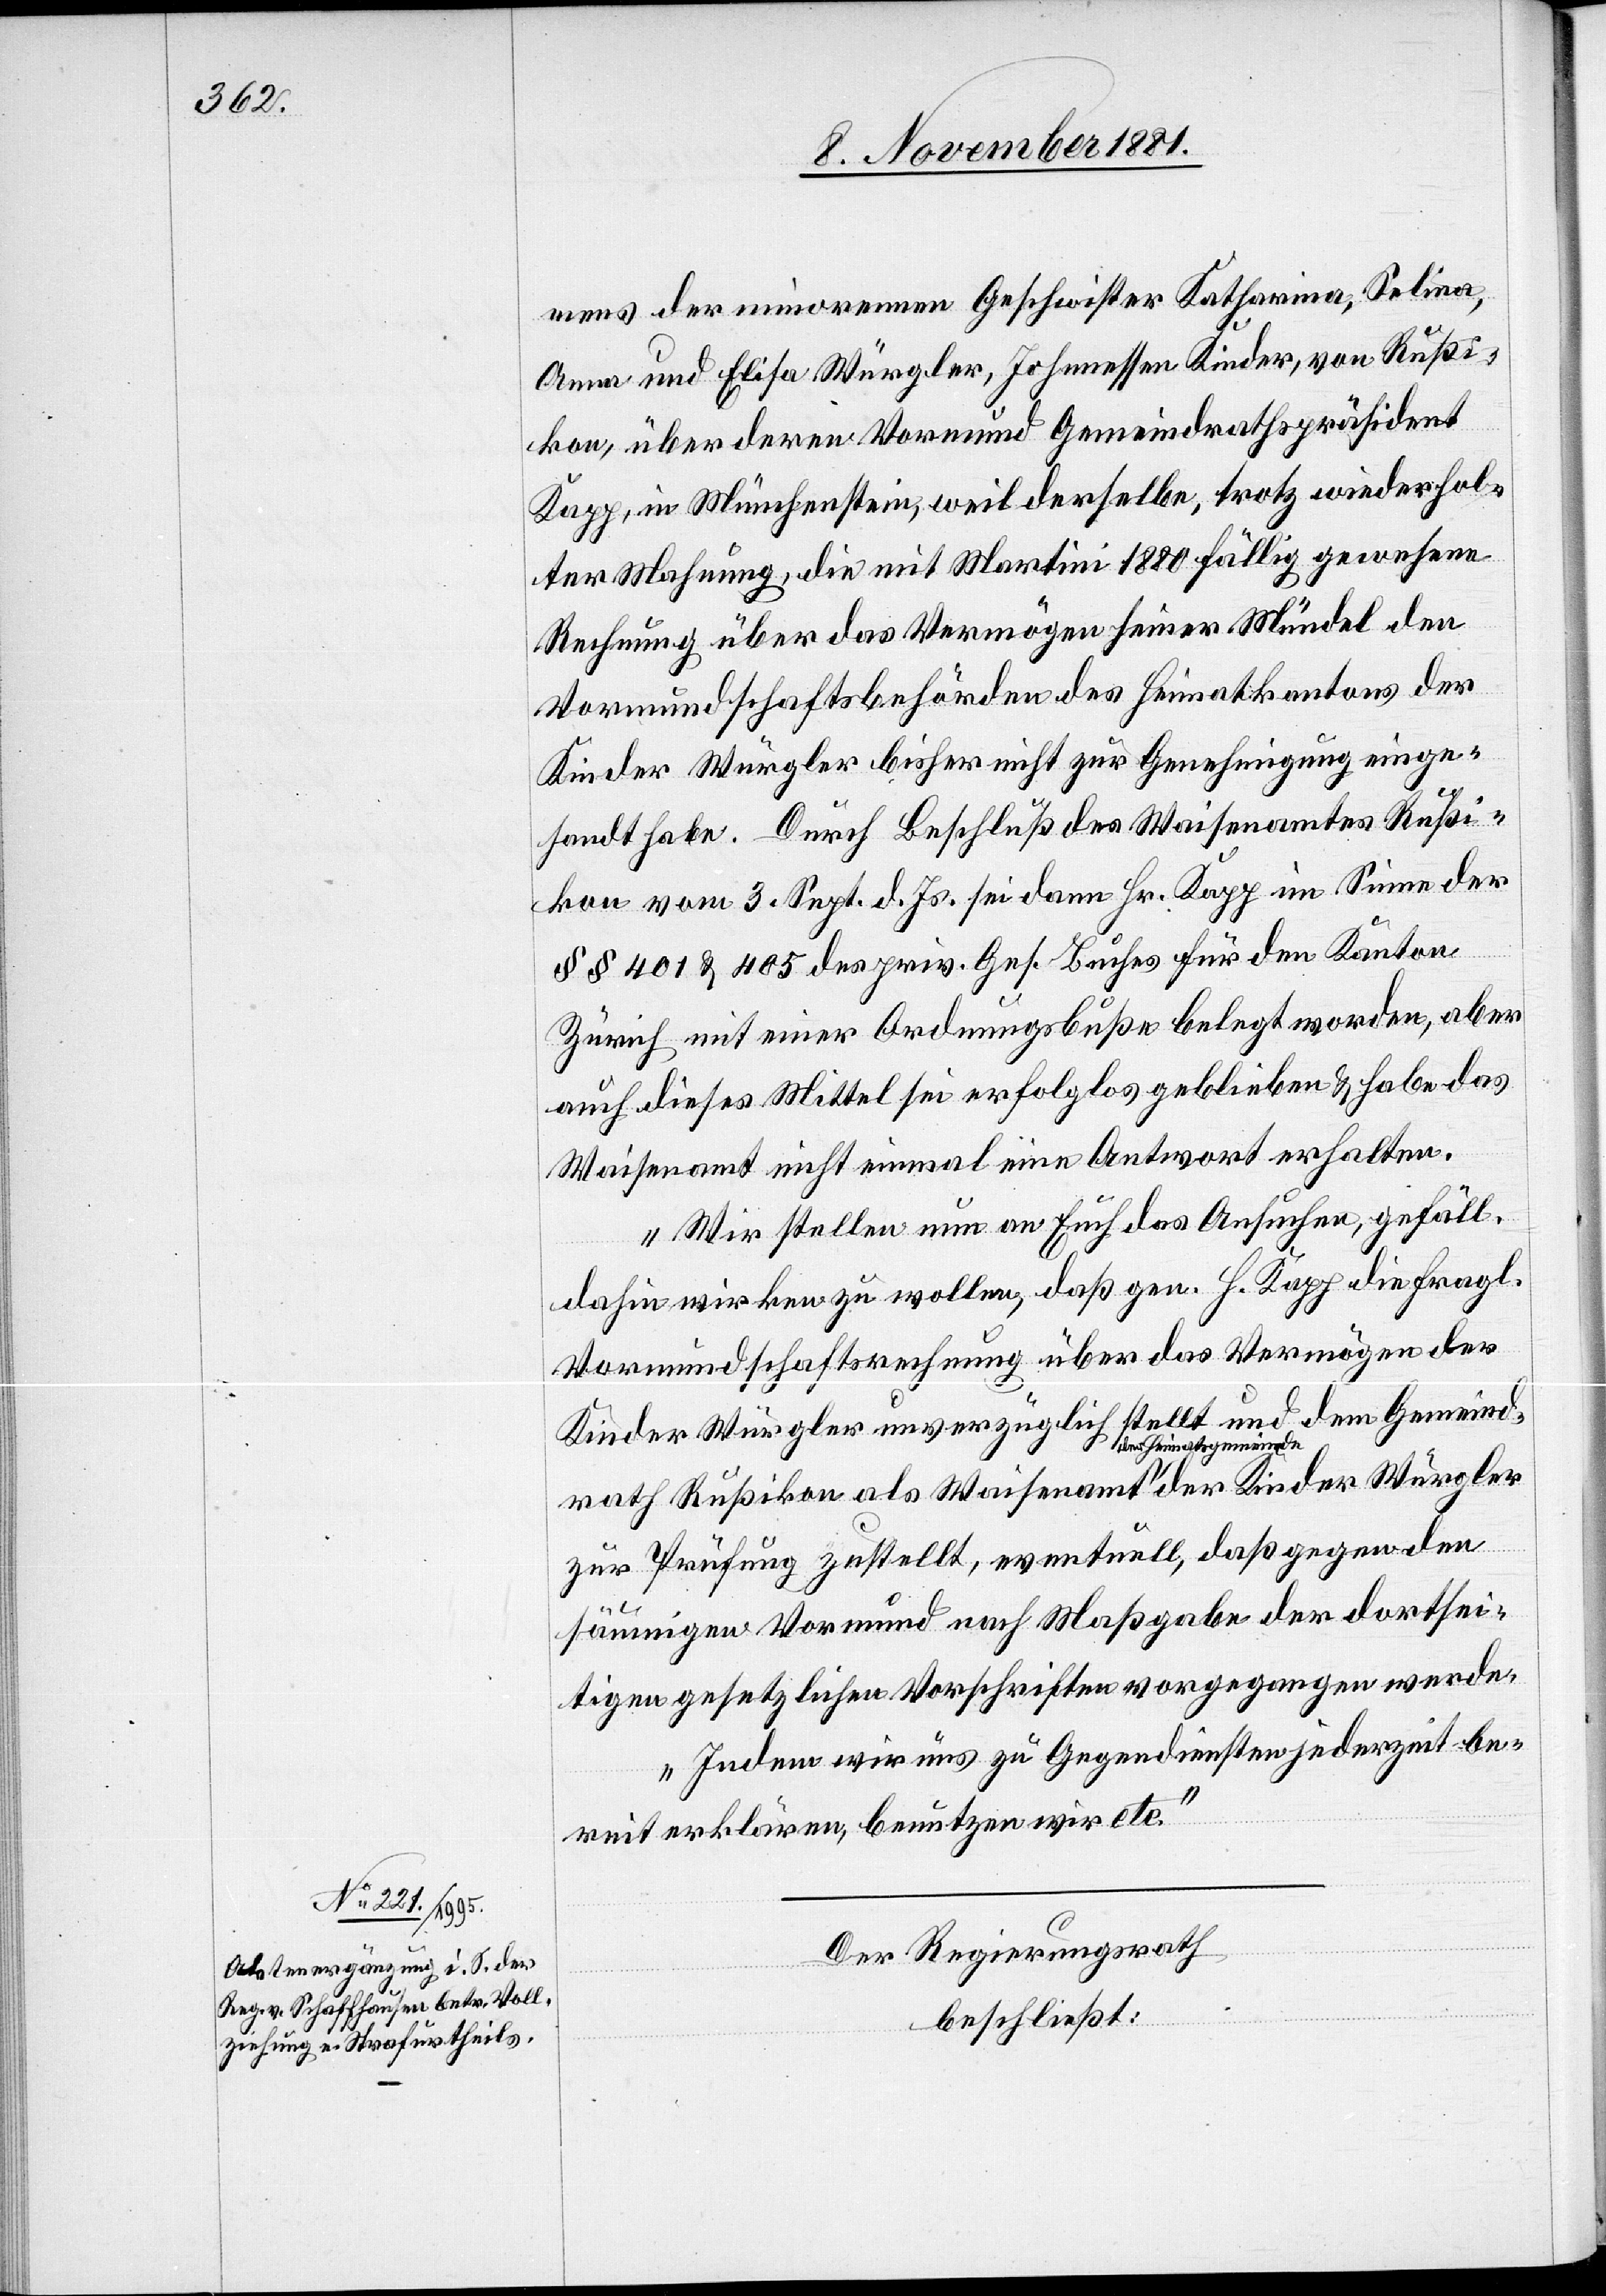
mens der minorennen Geschwister Katharina, Selina,
Anna und Elisa Würgler, Johannessen Kinder, von Rußi¬
kon, über deren Vormund Gemeindrathspräsident
Kapp, in Münchenstein, weil derselbe, trotz wiederhol¬
ter Mahnung, die mit Martini 1880 fällig gewesene
Rechnung über das Vermögen seiner Mündel den
Vormundschaftsbehörden des Heimatskantons der
Kinder Würgler bisher nicht zur Genehmigung einge¬
sandt habe. Durch Beschluß des Waisenamtes Rußi¬
kon vom 3. Sept. d. Js. sei dann Hr. Kapp im Sinne der
§§ 401 & 405 des priv. Ges. Buches für den Kanton
Zürich mit einer Ordnungsbuße belegt worden, aber
auch dieses Mittel sei erfolglos geblieben & habe das
Waisenamt nicht einmal eine Antwort erhalten.
Wir stellen nun an Euch das Ansuchen, gefäll.
dahin wirken zu wollen, daß gen. H. Kapp die fragl.
Vormundschaftsrechnung über das Vermögen der
Kinder Würgler unverzüglich stellt und dem Gemeind¬
der
rath Rußikon als Waisenamt a-der Heimatsgemeinde-a
zur Prüfung zustellt, eventuell, daß gegen den
säumigen Vormund nach Maßgaben der dortsei¬
tigen gesetzlichen Vorschriften vorgegangen werde.
Indem wir uns zu Gegendiensten jederzeit be¬
reit erklären, benutzen wir etc.“
Der Regierungsrath
beschließt: